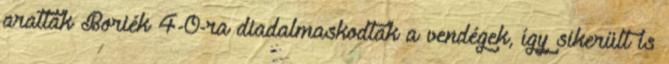
arattak Boriék 4-0-ra diadalmaskodtak a vendégek, így sikerült is